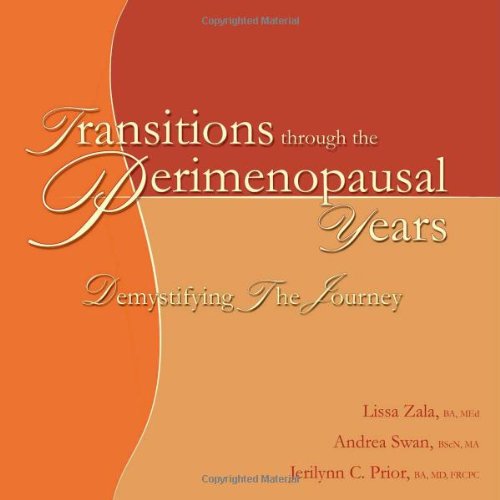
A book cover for Transitions Through the Perimenopausal Years: Demystifying Your Journey; Andrea Swan, Jerilynn Prior Lissa Zala; Health, Fitness & Dieting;